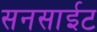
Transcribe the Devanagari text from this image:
सनसाईट